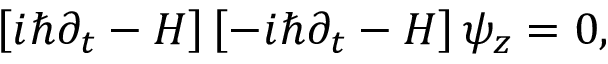
\begin{array} { r } { \left[ i \hbar \partial _ { t } - H \right] \left[ - i \hbar \partial _ { t } - H \right] \psi _ { z } = 0 , } \end{array}